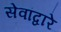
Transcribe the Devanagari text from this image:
सेवांद्वारे